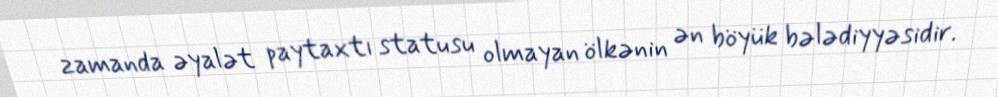
zamanda əyalət paytaxtı statusu olmayan ölkənin ən böyük bələdiyyəsidir.